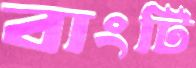
বাংটি